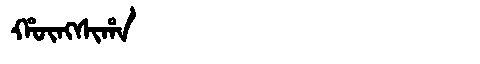
Manchu: ᡥᡡᠩᠰᡳᡥᠠ
Romanization: HŪNGSIHA